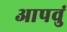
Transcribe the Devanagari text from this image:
आपवुं